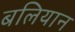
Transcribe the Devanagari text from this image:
बलियान